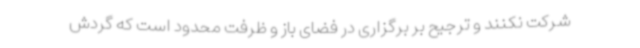
شرکت نکنند و ترجیح بر برگزاری در فضای باز و ظرفت محدود است که گردش